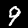
Digit: 9